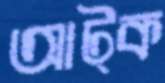
আট্‌ক